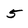
Character: 5